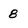
Character: 8